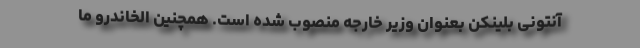
آنتونی بلینکن بعنوان وزیر خارجه منصوب شده است. همچنین الخاندرو ما